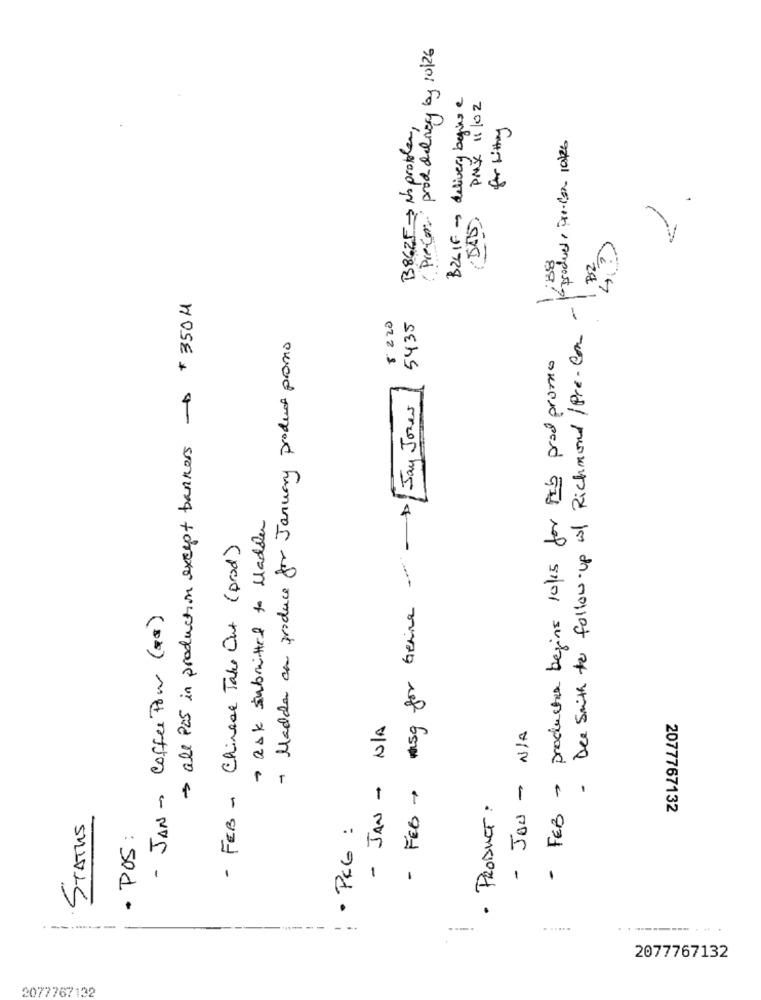
( Precar prod delnery by 10/26
BZGIF - delivery begins e
PMX 11/02
B862F - No problem,
for witting
Kproducts Pre-con 1026
(DAS)
all PCS in production except banners - 350H
Die Smith to follow-up il Richmond/Pre- con-
8 220
5435
+ Madde can produce for January product promo
- FEB - productor begins 10/15 for PIS prod promo
Jay Jones
+ ask submitted to Madden
- FEB - msg for Gerne . -
- FEB - Chinese Take Out (prod)
- JAN - Coffee Pow (78)
- JAN - N/A
- JOU - N/A
· PRODUCT :
2077767132
STATUS
· PCG :
· POS:
----
.....
-------...
2077767132
2077767132